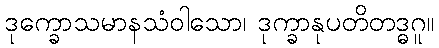
ဒုက္ခောသမာနသံဝါသော၊ ဒုက္ခာနုပတိတဒ္ဓဂူ။